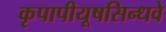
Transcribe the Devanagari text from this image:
कृपापीयूषसिन्धवे